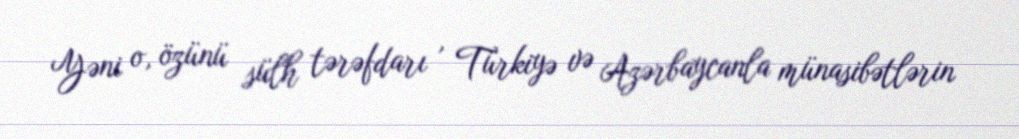
Yəni o, özünü sülh tərəfdarı , Türkiyə və Azərbaycanla münasibətlərin